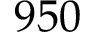
9 5 0